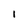
Character: i